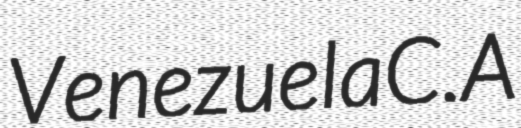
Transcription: Venezuela C.A